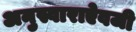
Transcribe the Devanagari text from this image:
अनुस्वाराऐवजी